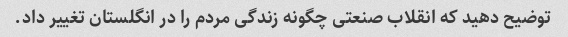
توضیح دهید که انقلاب صنعتی چگونه زندگی مردم را در انگلستان تغییر داد.